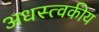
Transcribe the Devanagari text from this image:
अधस्त्वकीय